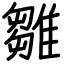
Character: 雛